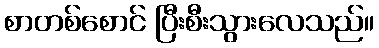
စာတစ်စောင် ပြီးစီးသွားလေသည်။